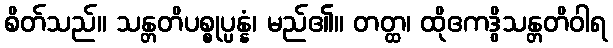
စိတ်သည်။ သန္တတိပစ္စုပ္ပန္နံ၊ မည်၏။ တတ္ထ၊ ထိုဧကဒွိသန္တတိဝါရ